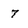
Character: 7